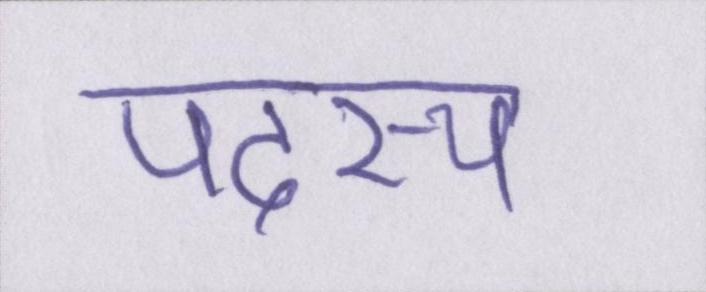
पदस्थ